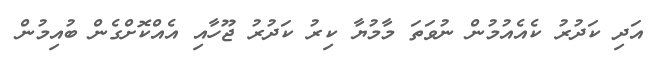
އަދި ކަދުރު ކެއެއުމުން ނުވަތަ މާމުޔާ ކިރު ކަދުރު ޖޫހާއި އެއްކޮށްގެން ބުއިމުން